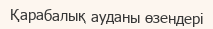
Қарабалық ауданы өзендері